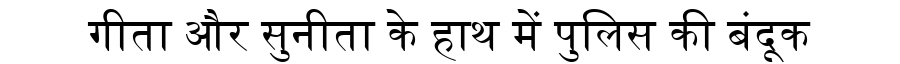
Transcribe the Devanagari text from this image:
गीता और सुनीता के हाथ में पुलिस की बंदूक